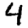
Digit: 4